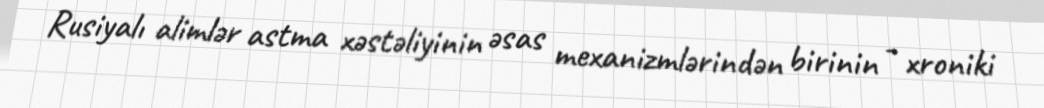
Rusiyalı alimlər astma xəstəliyinin əsas mexanizmlərindən birinin - xroniki